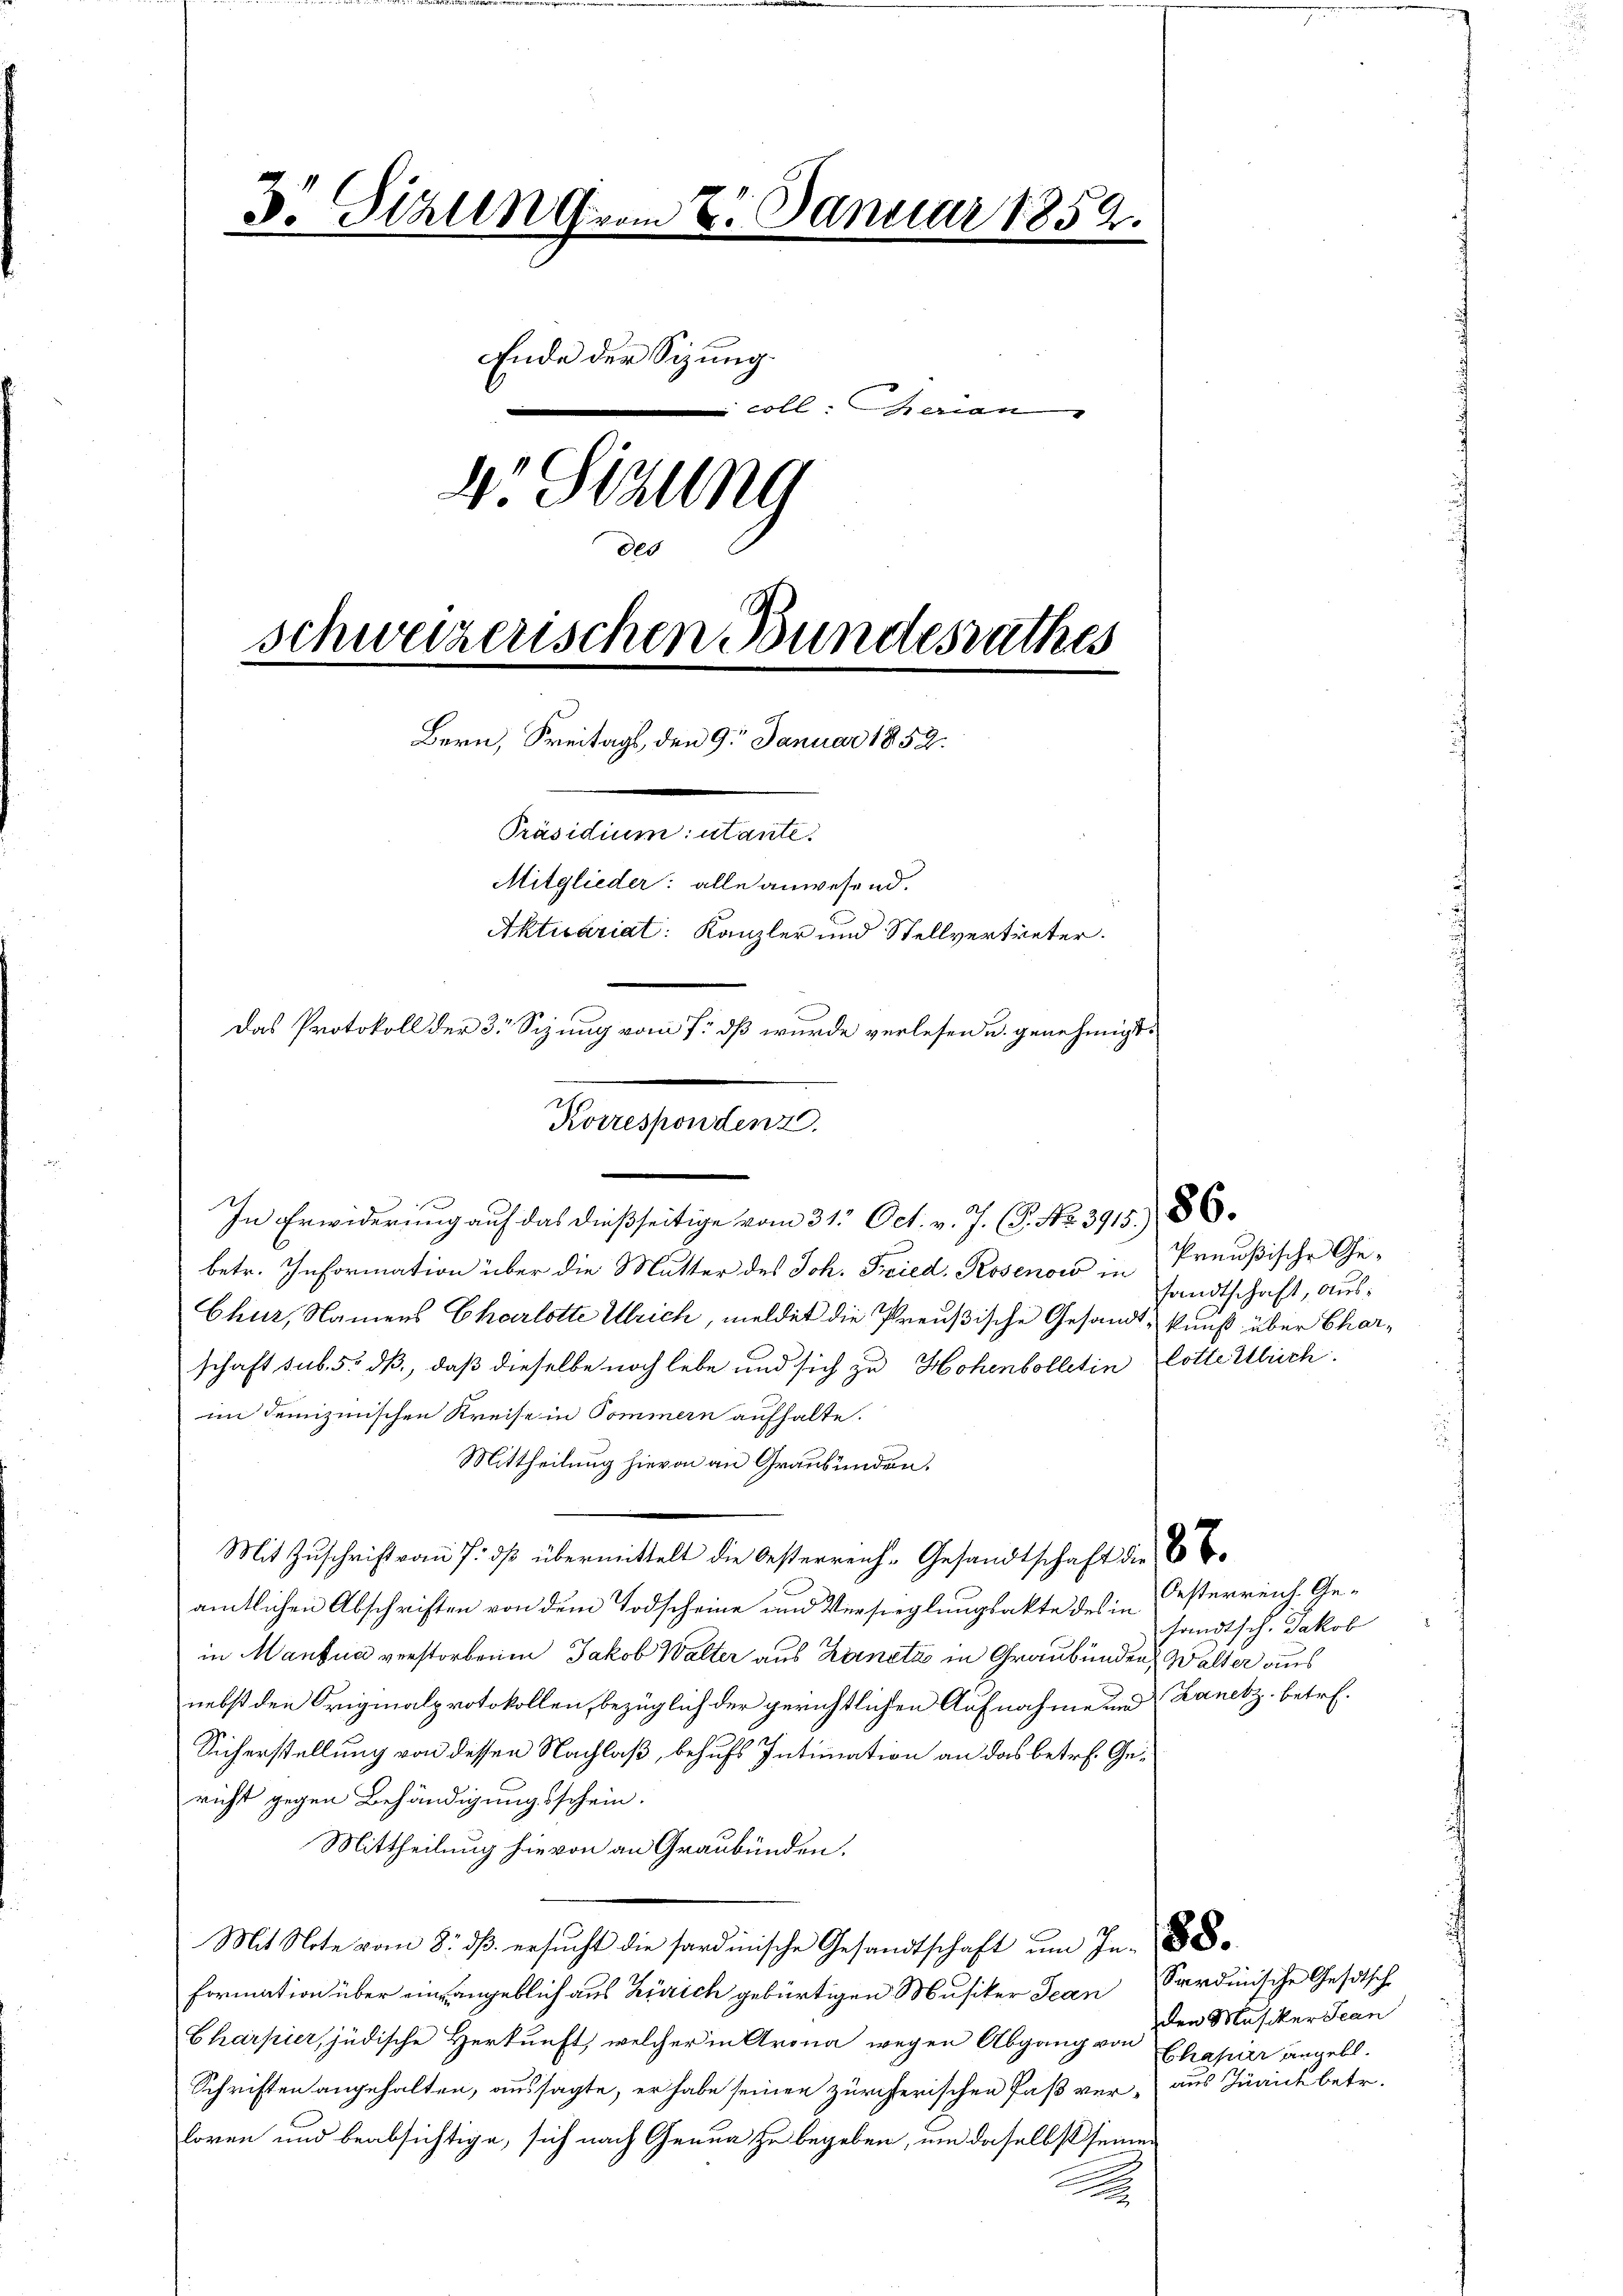
Ende der Sizung.
coll. Charian
dr Sitzung
200
schweizerischen Bundesrathes
Bern, Freitags, den 9. Januar 1859.
Dienstrumentare.
Mitglieder: alle anwesend.
Aktuariat: Kanzler und Stellvertreter.
Das Protokoll der 3° Sizung vom 7. dß wurde verlesen u. genehmigt.

D Sizung vom 8. Januar 1859.

Korrespondenz.
In Erwiderung auf das dießseitige vom 31. Oct. v. J. (T. No. 3915), 86.

betr. Information über die Mutter des Joh. Fried. Rosenow in
Chur, Namens Charlotte Ulrich, meldet die Preußische Gesandt-kunft über Charschaft sub. 5. dß, daß dieselbe noch lebe und sich zu Hohenbolletin lotte Ulrich
im demizinischen Kreise in Pommern aufhalte.
Mittheilung hievon an Graubünden.
Mit Zuschrift vom 7. dβ übermittelt die Oesterreich-Gesandtschaft die
amtlichen Abschriften von dem Todscheine und Versieglungsakte des in Oesterreich Ge-
in Mantua verstorbenen Jakob Walter aus Zanetas in Graubünden, Walter aus
nebst den Originalprotokollen, bezüglich der gerichtlichen Aufnahme und Lanetz betref¬
Sicherstellung von dessen Nachlaß, behufs Intimation an das betr. Gericht gegen Behändigungsschein.
Mittheilung hievon an Graubünden.
Mit Note vom 8. dß ersucht die sardinische Gesandtschaft um In-
formation über eine angeblich aus Zürich gebürtigen Musiker Jean
Charpier, jüdische Herkunft, welcher in Arona wegen Abgang von den Musiker Seen
Schriften angehalten, aussagte, er habe seinen zürcherischen Faß ver- aus Zürich betr.
loren und beabsichtige, sich nach Genua zu begeben, um daselbst seiner
A

Preußische Gesandtschaft, aus¬

sandtsch. Jakob

Sardinische Gesitsche
Chapier angebt.